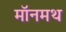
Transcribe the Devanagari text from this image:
मॉनमथ